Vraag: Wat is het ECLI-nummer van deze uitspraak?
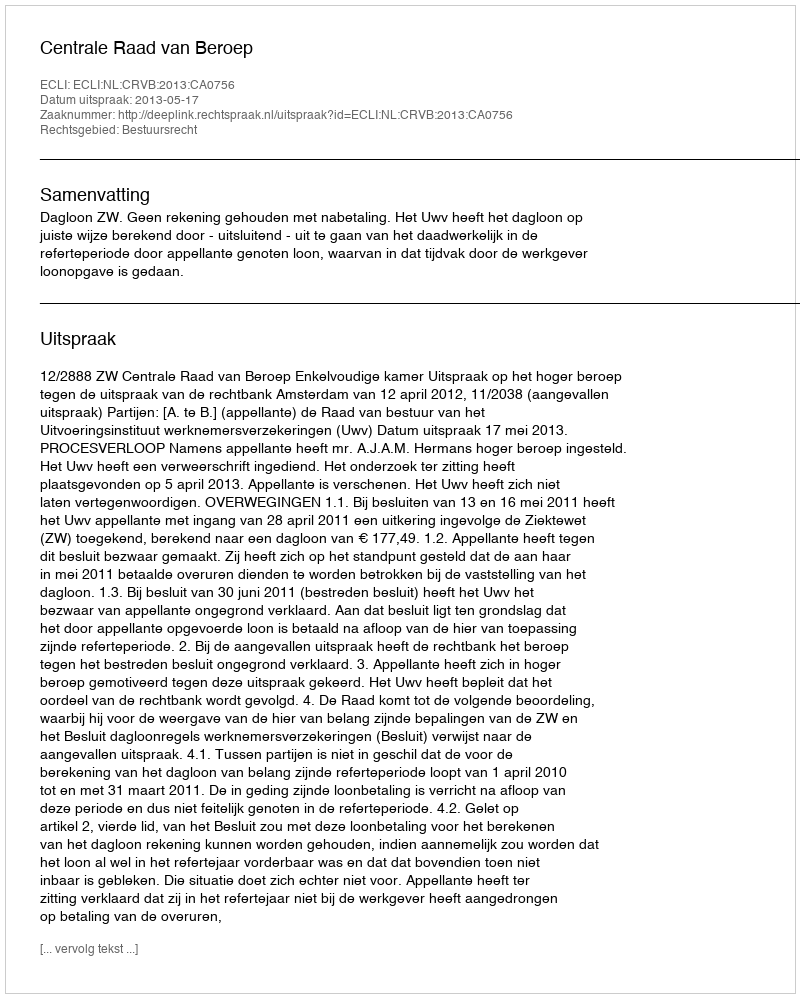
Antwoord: ECLI:NL:CRVB:2013:CA0756